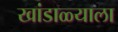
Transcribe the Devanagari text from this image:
खांडाळ्याला